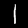
Digit: 1